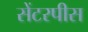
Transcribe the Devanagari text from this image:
सेंटरपीस